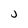
Character: j